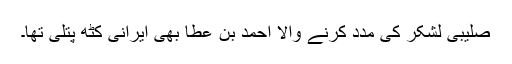
صلیبی لشکر کی مدد کرنے والا احمد بن عطا بھی ایرانی کٹھ پتلی تھا۔